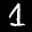
Label: 1